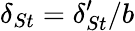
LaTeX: \delta_{St}=\delta_{St}^{\prime}/b